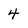
Character: 4